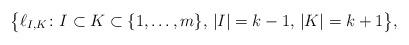
LaTeX: \begin{gather*}\big\{ \ell_{I,K}\colon I\subset K\subset \{1,\ldots,m\},\, |I|=k-1,\, |K|=k+1\big\},\end{gather*}